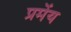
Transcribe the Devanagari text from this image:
प्रमेंय